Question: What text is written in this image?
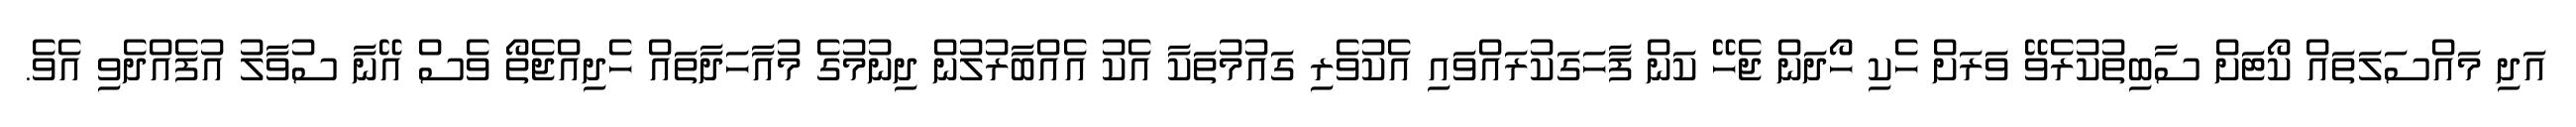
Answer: އަދި މައްސަލަތައް ކޯޓަށް ސާބިތުކުރެވޭ ވަރަށް ހެކި ހޯދަން ޖެހޭ ކަން ފާހަގަކުރައްވައި އެކުވެރި ގައުމުތަކާ އެކު އެއްބާރުލުން ދިނުމުގެ މުއާހަދާތައް ހެދިއްޖެތޯ ވެސް އޭނާ ސުވާލު އުފެއްދެވި އެވެ.